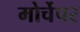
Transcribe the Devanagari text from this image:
मोर्चेपर